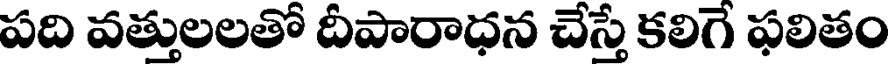
పది వత్తులలతో దీపారాధన చేస్తే కలిగే ఫలితం